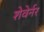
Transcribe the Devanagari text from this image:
शेवेर्नर